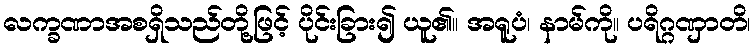
လက္ခဏာအစရှိသည်တို့ဖြင့် ပိုင်းခြား၍ ယူ၏။ အရူပံ၊ နာမ်ကို။ ပရိဂ္ဂဏှာတိ၊